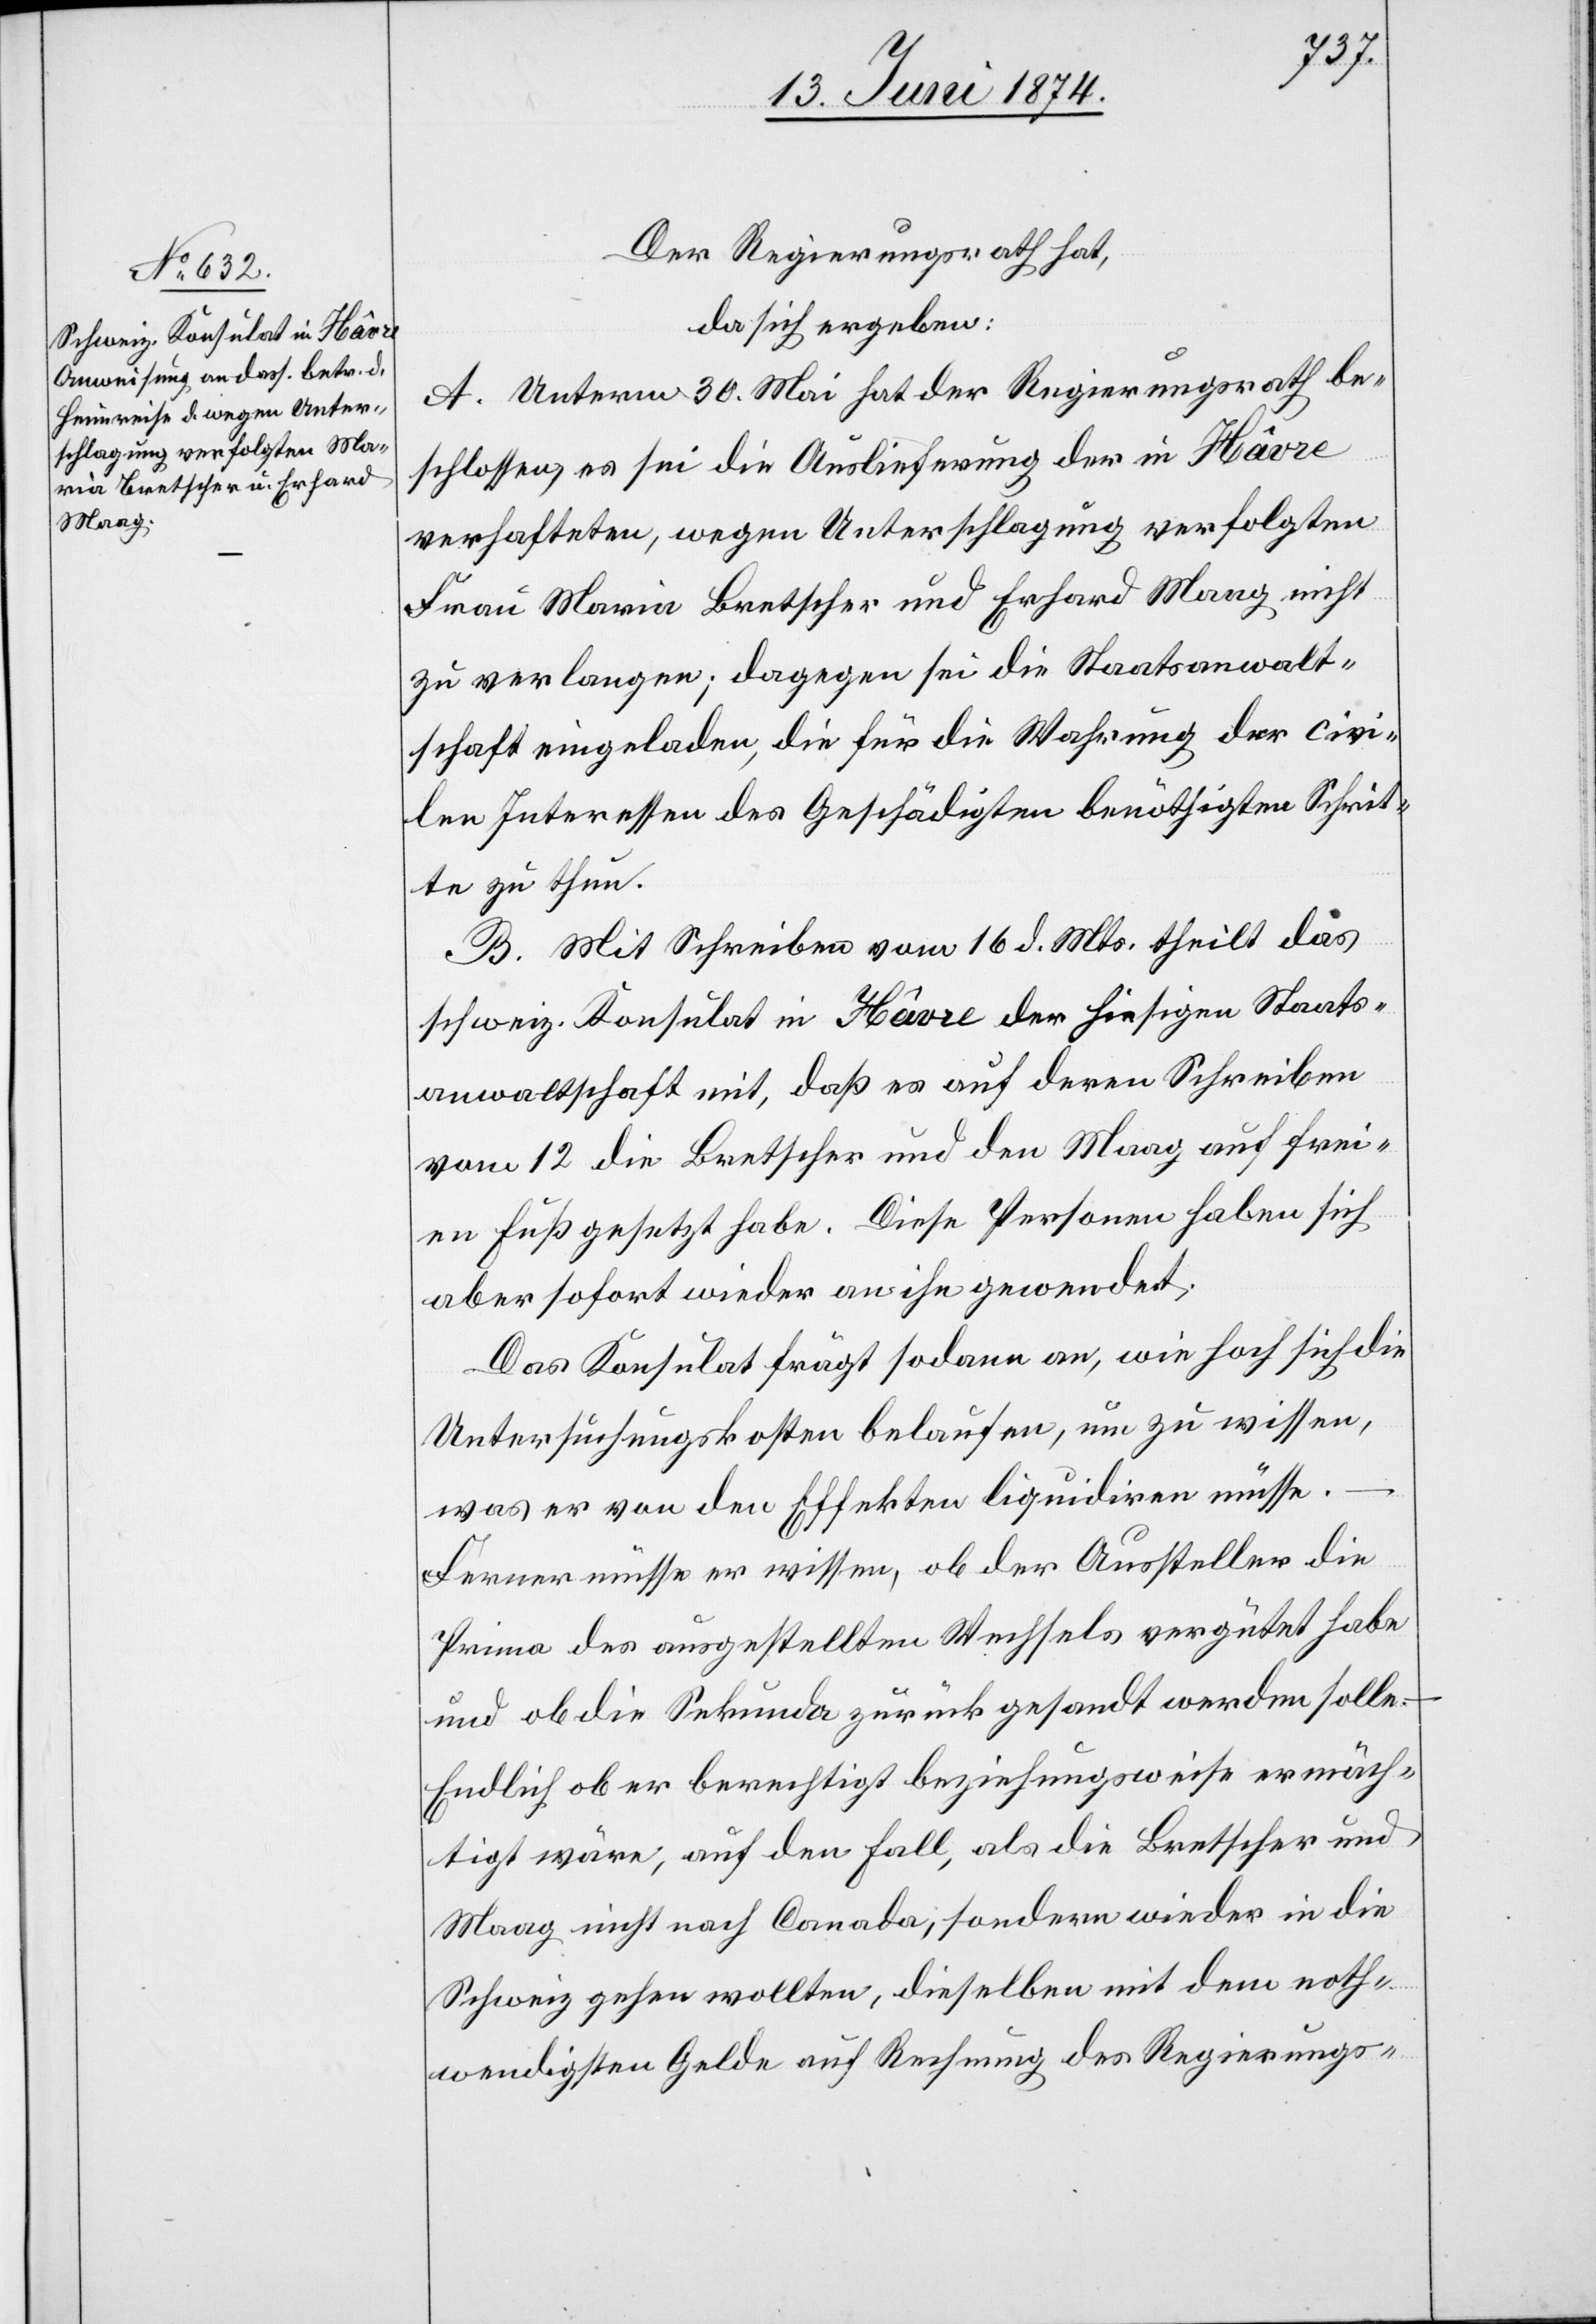
18. Juni 1874.
Der Regierungsrath hat,
da sich ergeben:
A. Unterm 30. Mai hat der Regierungsrath be¬
schlossen, es sei die Auslieferung der in Hâvre
verhafteten, wegen Unterschlagung verfolgten
Frau Maria Bretscher und Erhard Maag nicht
zu verlangen; dagegen sei die Staatsanwalt¬
schaft eingeladen, die für die Wahrung der civi¬
len Interessen des Geschädigten benöthigten Schrit¬
te zu thun.
B. Mit Schreiben vom 16. d. Mts. theilt das
schweiz. Konsulat in Hâvre der hiesigen Staats¬
anwaltschaft mit, daß es auf deren Schreiben
vom 12. die Bretscher und den Maag auf frei¬
en Fuß gesetzt habe. Diese Personen haben sich
aber sofort wieder an ihn gewendet.
Das Konsulat frägt sodann an, wie hoch sich die
Untersuchungskosten belaufen, um zu wissen,
was er von den Effekten liquidiren müsse.
Ferner müsse er wissen, ob der Aussteller die
Prima des ausgestellten Wechsels vergütet habe
und ob die Sekunda zurückgesandt werden solle.
Endlich ob er berechtigt beziehungsweise ermäch¬
tigt wäre, auf den Fall, als die Bretscher und
Maag nicht nach Canada, sondern wieder in die
Schweiz gehen wollten, dieselben mit dem noth¬
wendigsten Gelde auf Rechnung des Regierungs-